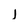
Character: j